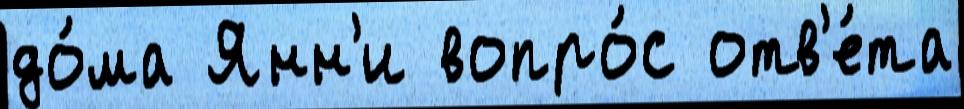
до́ма Янн'и вопро́с отв'е́та